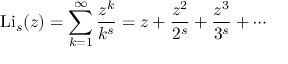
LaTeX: \operatorname { L i } _ { s } ( z ) = \sum _ { k = 1 } ^ { \infty } { \frac { z ^ { k } } { k ^ { s } } } = z + { \frac { z ^ { 2 } } { 2 ^ { s } } } + { \frac { z ^ { 3 } } { 3 ^ { s } } } + \cdots